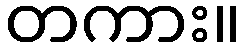
တကား။